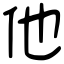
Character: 他